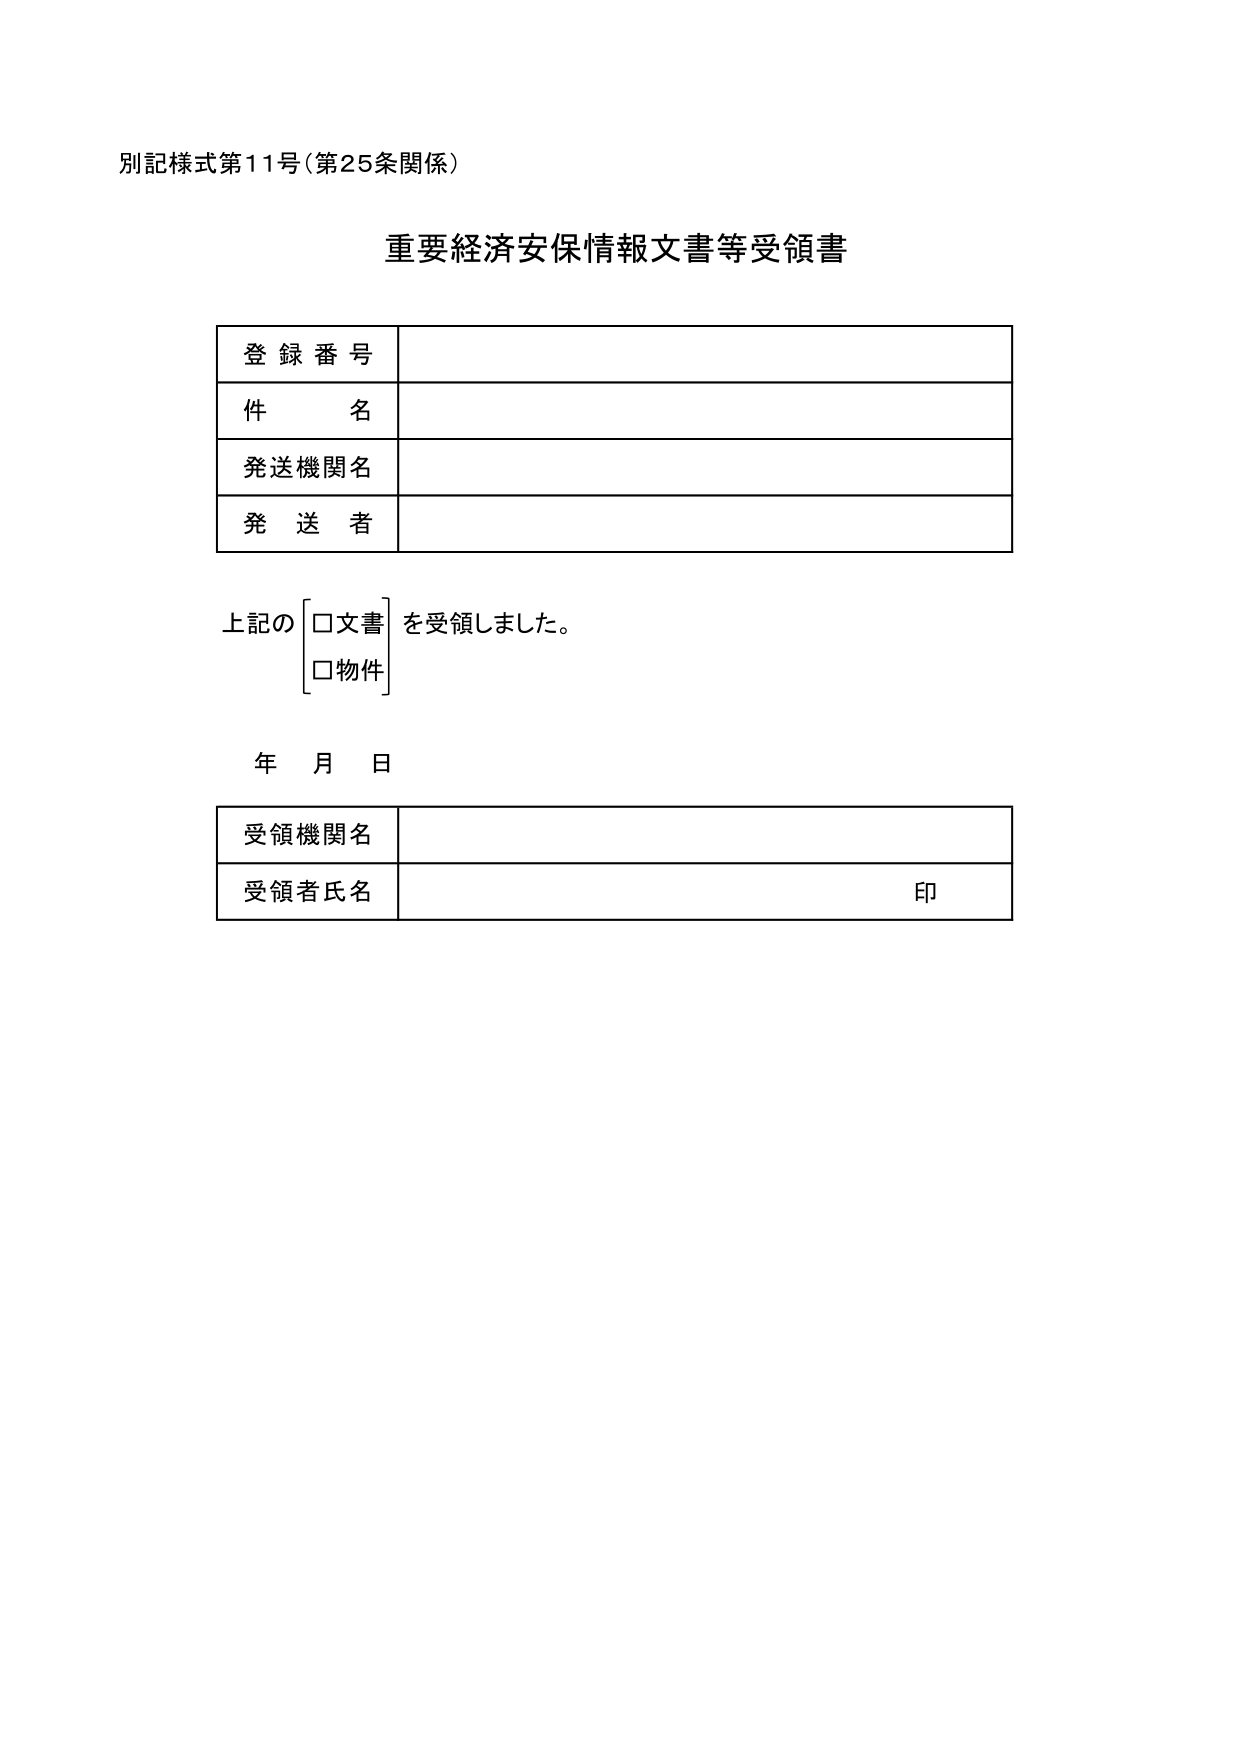
別記様式第11号（第25条関係）

重要経済安保情報文書等受領書

登録番号

件名

発送機関名

発送者

上記の
□文書
□物件
を受領しました。

年 月 日

受領機関名

受領者氏名 印